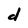
Character: d